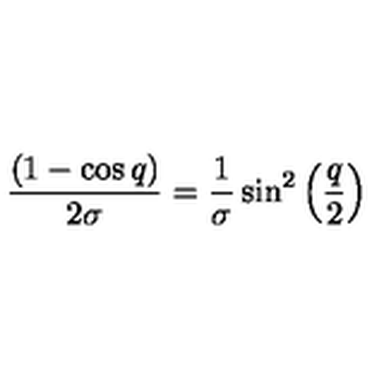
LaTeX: \frac { ( 1 - \cos q ) } { 2 \sigma } = \frac { 1 } { \sigma } \sin ^ { 2 } \left( \frac { q } { 2 } \right)